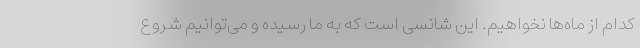
کدام از ماه‌ها نخواهیم. این شانسی است که به ما رسیده و می‌توانیم شروع